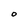
Character: O